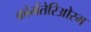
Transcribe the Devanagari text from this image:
कोमेंतेरिओरम